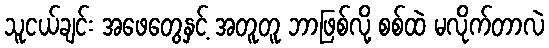
သူငယ်ချင်း အဖေတွေနှင့် အတူတူ ဘာဖြစ်လို့ စစ်ထဲ မလိုက်တာလဲ